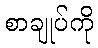
စာချုပ်ကို